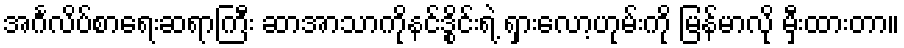
အင်္ဂလိပ်စာရေးဆရာကြီး ဆာအာသာကိုနင်ဒွိုင်းရဲ့ ရှားလော့ဟုမ်းကို မြန်မာလို မှီးထားတာ။